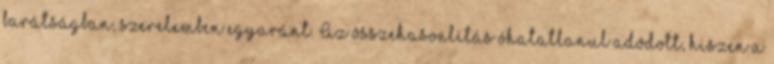
barátságban, szerelemben egyaránt. Az összehasonlítás óhatatlanul adódott, hiszen a